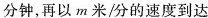
分钟，再以m米/分的速度到达